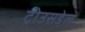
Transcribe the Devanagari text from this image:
ट्रोउसडेल